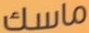
ماسك